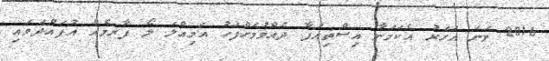
2016 ވަނަ އަހަރު އެކަމަނާ އިސްތިއުފާ ދެއްވުމަށްފަހު އަމިއްލަ ލޯ ފާރމެއް އުފައްދަވައި